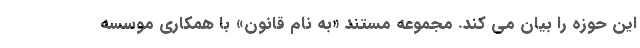
این حوزه را بیان می کند. مجموعه مستند «به نام قانون» با همکاری موسسه